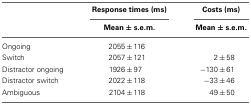
|  | Response times (ms) | Costs (ms) |
 |  | Mean ± s.e.m. | Mean ± s.e.m. |
 | --- | --- | --- |
 | Ongoing | 2055±116 |  |
 | Switch | 2057±121 | 2±58 |
 | Distractor ongoing | 1926±97 | −130±61 |
 | Distractor switch | 2022±118 | −33±46 |
 | Ambiguous | 2104±118 | 49±50 |